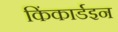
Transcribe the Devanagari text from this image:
किंकार्डइन